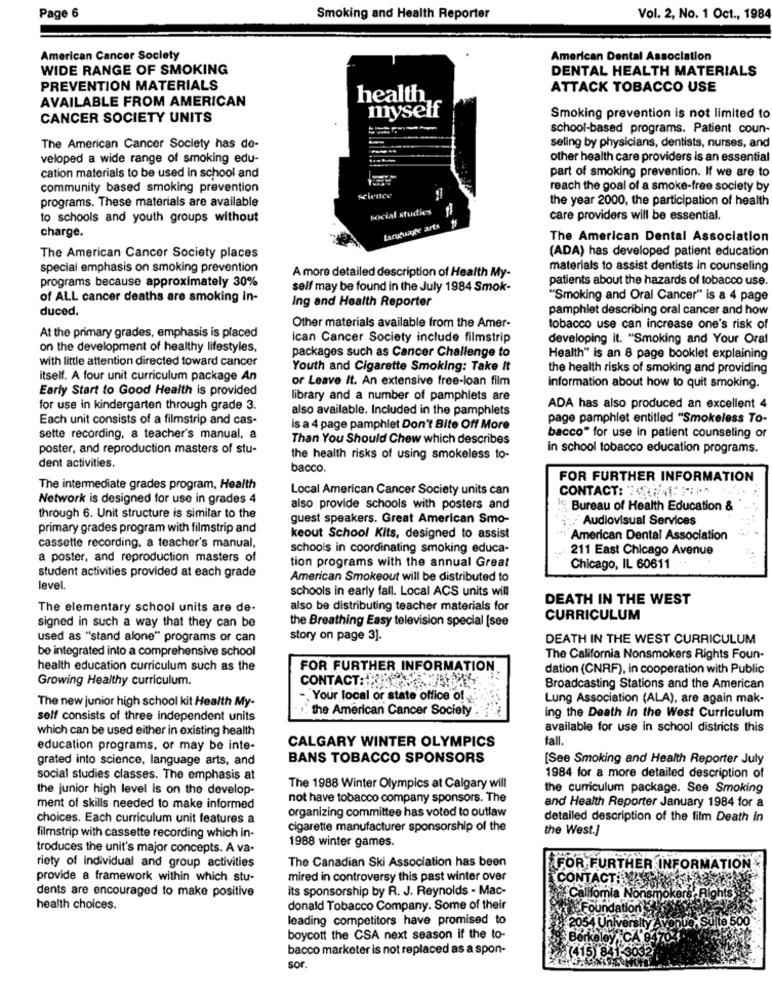
Page 6
Smoking and Health Reporter
Vol. 2, No. 1 Oct ., 1984
American Cancer Society
American Dental Association
WIDE RANGE OF SMOKING
DENTAL HEALTH MATERIALS
PREVENTION MATERIALS
ATTACK TOBACCO USE
AVAILABLE FROM AMERICAN
health
CANCER SOCIETY UNITS
myself
Smoking prevention is not limited to
school-based programs. Patient coun-
seling by physicians, dentists, nurses, and
The American Cancer Society has do-
veloped a wide range of smoking edu-
other health care providers is an essential
cation materials to be used in school and
part of smoking prevention. If we are to
community based smoking prevention
reach the goal of a smoke-free society by
programs. These materials are available
science
the year 2000, the participation of health
social studies
to schools and youth groups without
care providers will be essential.
charge.
Language arts
The American Dental Association
(ADA) has developed patient education
The American Cancer Society places
special emphasis on smoking prevention
A more detailed description of Health My-
materials to assist dentists in counseling
programs because approximately 30%
patients about the hazards of tobacco use.
self may be found in the July 1984 Smok-
of ALL cancer deaths are smoking In-
Ing and Health Reporter
"Smoking and Oral Cancer" is a 4 page
duced.
pamphlet describing oral cancer and how
At the primary grades, emphasis is placed
Other materials available from the Amer-
tobacco use can increase one's risk of
ican Cancer Society include filmstrip
developing it. "Smoking and Your Oral
on the development of healthy lifestyles,
packages such as Cancer Challenge to
with little attention directed toward cancer
Health" is an 8 page booklet explaining
Youth and Cigarette Smoking: Take It
the health risks of smoking and providing
itself. A four unit curriculum package An
or Leave It. An extensive free-loan film
Early Start to Good Health is provided
information about how to quit smoking.
library and a number of pamphlets are
for use in kindergarten through grade 3.
also available. Included in the pamphlets
ADA has also produced an excellent 4
Each unit consists of a filmstrip and cas-
page pamphlet entitled "Smokeless To-
is a 4 page pamphlet Don't Bite Off More
sette recording, a teacher's manual, a
Than You Should Chew which describes
bacco" for use in patient counseling or
poster, and reproduction masters of stu-
in school tobacco education programs.
the health risks of using smokeless to-
dent activities.
bacco.
FOR FURTHER INFORMATION
The intermediate grades program, Health
Local American Cancer Society units can
CONTACT: "
Network is designed for use in grades 4
also provide schools with posters and
If Bureau of Health Education &
through 6. Unit structure is similar to the
guest speakers. Great American Smo-
Audiovisual Services
primary grades program with filmstrip and
keout School Kits, designed to assist
American Dental Association
cassette recording, a teacher's manual,
schools in coordinating smoking educa-
211 East Chicago Avenue
a poster, and reproduction masters of
student activities provided at each grade
tion programs with the annual Great
Chicago, IL 60611
American Smokeout will be distributed to
level.
schools in early fall. Local ACS units will
DEATH IN THE WEST
The elementary school units are de-
also be distributing teacher materials for
the Breathing Easy television special [see
CURRICULUM
signed in such a way that they can be
used as "stand alone" programs or can
story on page 3].
DEATH IN THE WEST CURRICULUM
be integrated into a comprehensive school
The California Nonsmokers Rights Foun-
health education curriculum such as the
FOR FURTHER INFORMATION
dation (CNRF), in cooperation with Public
Growing Healthy curriculum.
CONTACT: 2317:25.39/40
Broadcasting Stations and the American
-. Your local or state office of
Lung Association (ALA), are again mak-
The new junior high school kit Health My-
the American Cancer Society
self consists of three independent units
ing the Death in the West Curriculum
which can be used either in existing health
available for use in school districts this
fall.
education programs. or may be inte-
CALGARY WINTER OLYMPICS
grated into science, language arts, and
BANS TOBACCO SPONSORS
[See Smoking and Health Reporter July
social studies classes. The emphasis at
1984 for a more detailed description of
the junior high level is on the develop-
The 1988 Winter Olympics at Calgary will
the curriculum package. See Smoking
not have tobacco company sponsors. The
and Health Reporter January 1984 for a
ment of skills needed to make informed
organizing committee has voted to outlaw
choices. Each curriculum unit features a
detailed description of the film Death in
cigarette manufacturer sponsorship of the
the West.]
filmstrip with cassette recording which in-
1988 winter games.
troduces the unit's major concepts. A va-
The Canadian Ski Association has been
riety of individual and group activities
FOR FURTHER INFORMATION
provide a framework within which stu-
mired in controversy this past winter over
CONTACT: SY
dents are encouraged to make positive
its sponsorship by R. J. Reynolds - Mac-
Califomia Nonsmok
Rights
health choices.
donald Tobacco Company. Some of their
dato
leading competitors have promised to
Sulle 500
boycott the CSA next season if the to-
keley CA
bacco marketer is not replaced as a spon-
(415) 841
3032
sor.